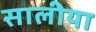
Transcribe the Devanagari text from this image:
सालीया